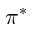
\pi ^ { * }